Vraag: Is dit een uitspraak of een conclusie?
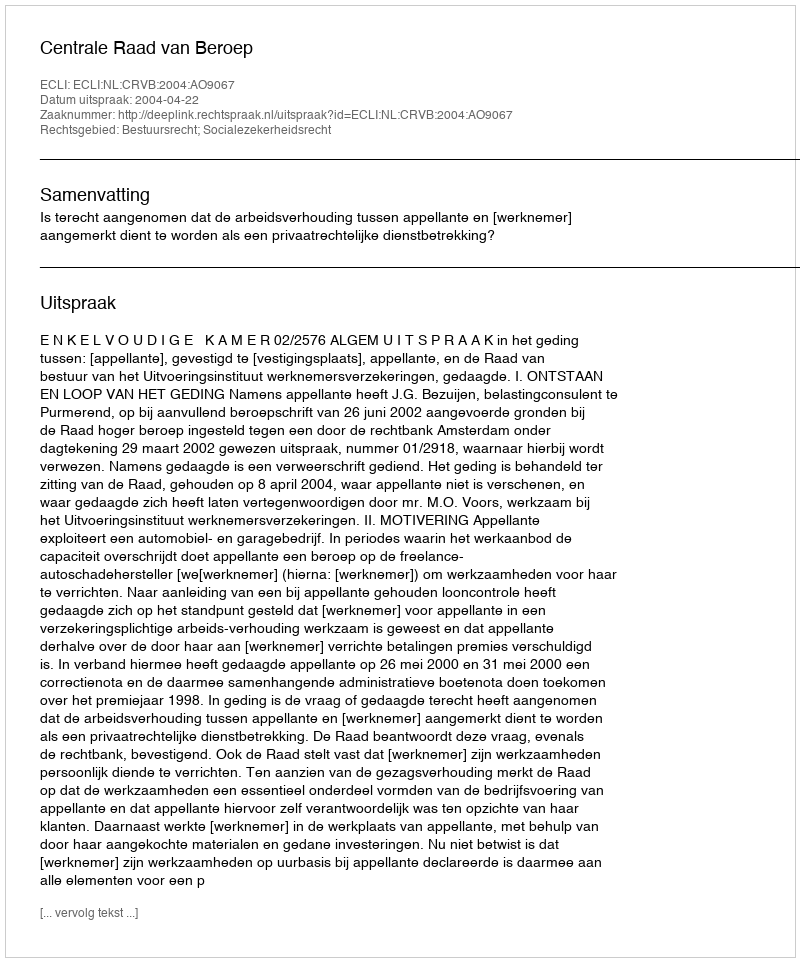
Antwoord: Uitspraak